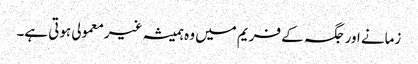
زمانے اورجگہ کے فریم میں وہ ہمیشہ غیرمعمولی ہوتی ہے۔